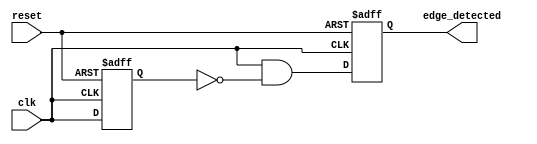
module edge_detector (
    input wire clk,              // Input signal
    input wire reset,            // Asynchronous reset
    output reg edge_detected     // Output pulse for rising edge detection
);

    reg previous_state;          // Previous state stored in D flip-flop

    // Asynchronous reset and D flip-flop behavior
    always @(posedge clk or posedge reset) begin
        if (reset) begin
            previous_state <= 1'b0; // Initialize D flip-flop to 0 on reset
            edge_detected <= 1'b0;   // Ensure output is low
        end else begin
            // Edge detection logic
            edge_detected <= (clk && !previous_state); // Generate pulse
            previous_state <= clk; // Update previous state with current input
        end
    end

endmodule